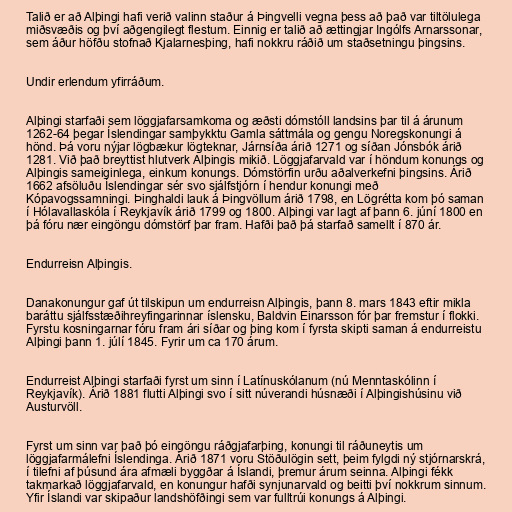
Talið er að Alþingi hafi verið valinn staður á Þingvelli vegna þess að það var tiltölulega
miðsvæðis og því aðgengilegt flestum. Einnig er talið að ættingjar Ingólfs Arnarssonar,
sem áður höfðu stofnað Kjalarnesþing, hafi nokkru ráðið um staðsetningu þingsins.

Undir erlendum yfirráðum.

Alþingi starfaði sem löggjafarsamkoma og æðsti dómstóll landsins þar til á árunum
1262-64 þegar Íslendingar samþykktu Gamla sáttmála og gengu Noregskonungi á
hönd. Þá voru nýjar lögbækur lögteknar, Járnsíða árið 1271 og síðan Jónsbók árið
1281. Við það breyttist hlutverk Alþingis mikið. Löggjafarvald var í höndum konungs og
Alþingis sameiginlega, einkum konungs. Dómstörfin urðu aðalverkefni þingsins. Árið
1662 afsöluðu Íslendingar sér svo sjálfstjórn í hendur konungi með
Kópavogssamningi. Þinghaldi lauk á Þingvöllum árið 1798, en Lögrétta kom þó saman
í Hólavallaskóla í Reykjavík árið 1799 og 1800. Alþingi var lagt af þann 6. júní 1800 en
þá fóru nær eingöngu dómstörf þar fram. Hafði það þá starfað samellt í 870 ár.

Endurreisn Alþingis.

Danakonungur gaf út tilskipun um endurreisn Alþingis, þann 8. mars 1843 eftir mikla
baráttu sjálfsstæðihreyfingarinnar íslensku, Baldvin Einarsson fór þar fremstur í flokki.
Fyrstu kosningarnar fóru fram ári síðar og þing kom í fyrsta skipti saman á endurreistu
Alþingi þann 1. júlí 1845. Fyrir um ca 170 árum.

Endurreist Alþingi starfaði fyrst um sinn í Latínuskólanum (nú Menntaskólinn í
Reykjavík). Árið 1881 flutti Alþingi svo í sitt núverandi húsnæði í Alþingishúsinu við
Austurvöll.

Fyrst um sinn var það þó eingöngu ráðgjafarþing, konungi til ráðuneytis um
löggjafarmálefni Íslendinga. Árið 1871 voru Stöðulögin sett, þeim fylgdi ný stjórnarskrá,
í tilefni af þúsund ára afmæli byggðar á Íslandi, þremur árum seinna. Alþingi fékk
takmarkað löggjafarvald, en konungur hafði synjunarvald og beitti því nokkrum sinnum.
Yfir Íslandi var skipaður landshöfðingi sem var fulltrúi konungs á Alþingi.